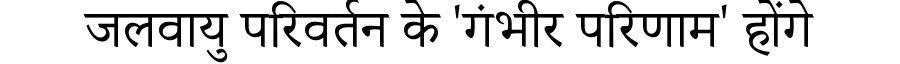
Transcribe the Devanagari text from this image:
जलवायु परिवर्तन के 'गंभीर परिणाम' होंगे